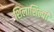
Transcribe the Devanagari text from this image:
शिलाशिल्पी